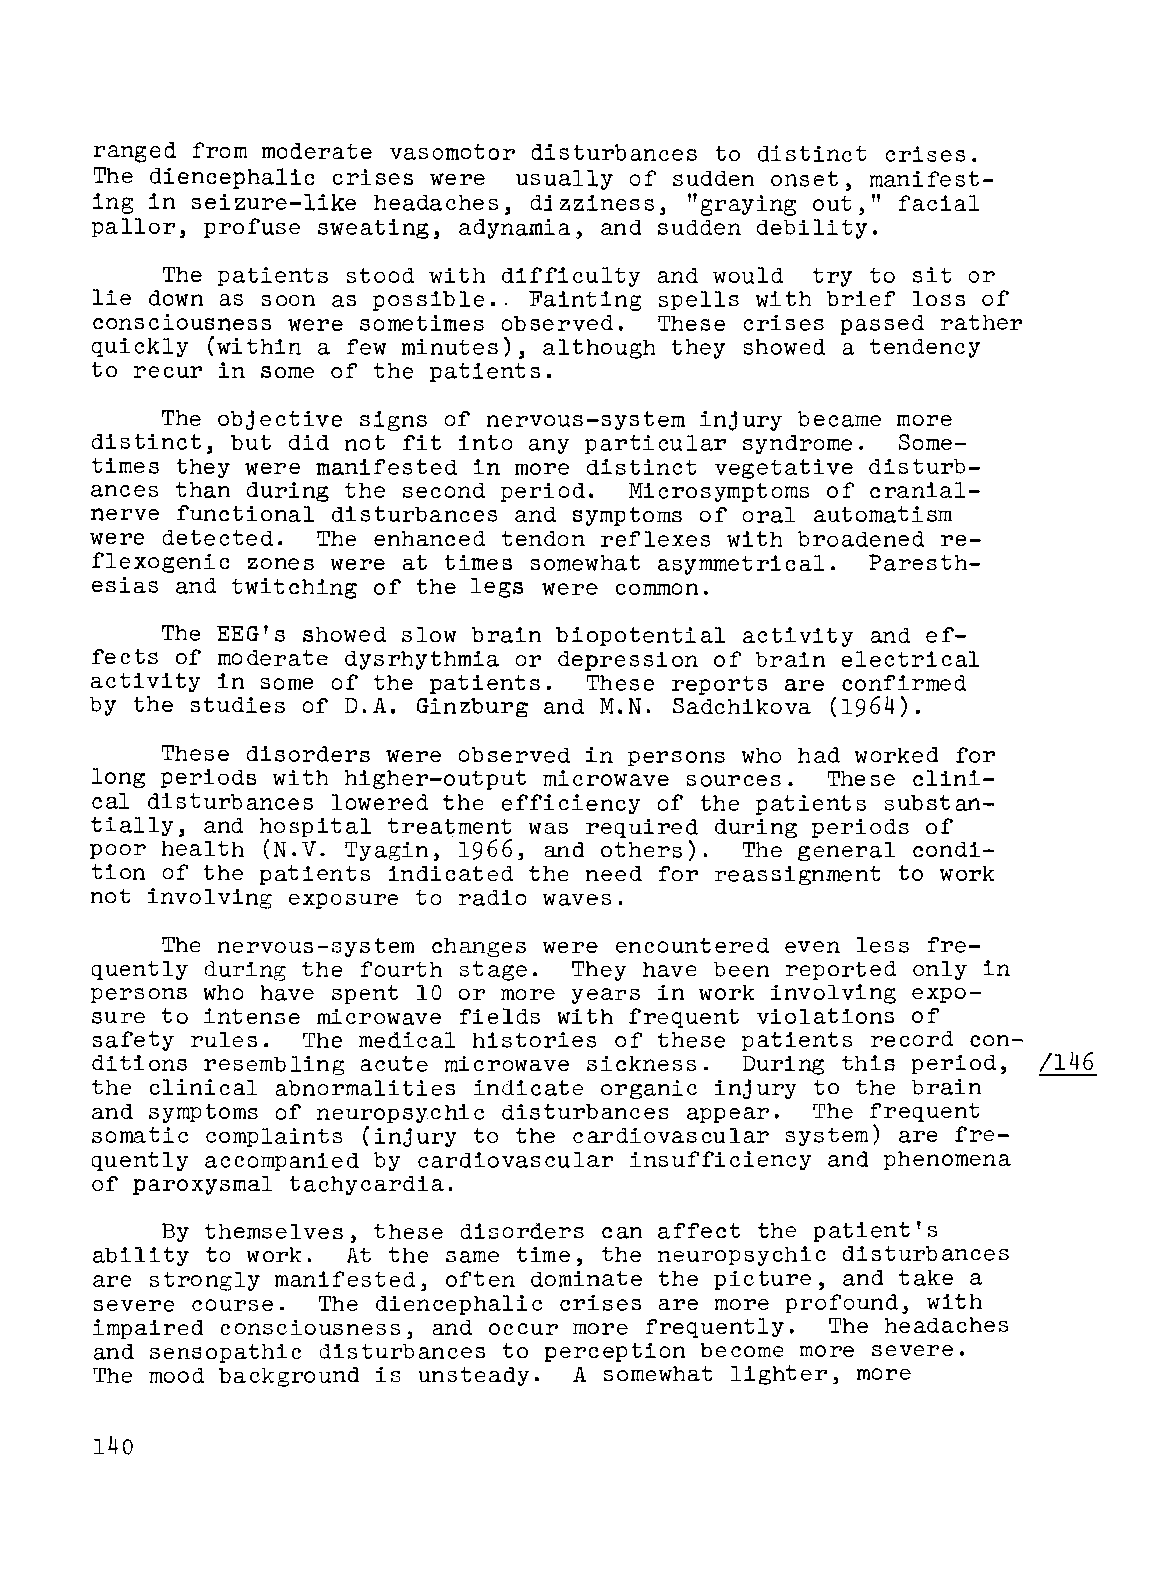
ranged from moderate vasomotor disturbances to distinct crises.
 The diencephalic crises were usually of sudden onset, manifest
 ing in seizure-like headaches, dizziness, "graying out," facial
 pallor, profuse sweating, adynamia, and sudden debility.
 The patients stood with difficulty and would try to sit or
 lie down as soon as possible .. Fainting spells with brief loss of
 consciousness were sometimes observed. These crises passed rather
 quickly (within a few minutes), although they showed a tendency
 to recur in some of the patients.
 The objective signs of nervous-system injury became more
 distinct, but did not fit into any particular syndrome. Some
 times they were manifested in more distinct vegetative disturb
 ances than during the second period. Microsymptoms of cranial
 nerve functional disturbances and symptoms of oral automatism
 were detected. The enhanced tendon reflexes with broadened re
 flexogenic zones were at times somewhat asymmetrical. Paresth
 esias and twitching of the legs were common.
 The EEG's showed slow brain biopotential activity and ef
 fects of moderate dysrhythmia or depression of brain electrical
 activity in some of the patients. These reports are confirmed
 by the studies of D.A. Ginzburg and M.N. Sadchikova (1964).
 These disorders were observed in persons who had worked for
 long periods with higher-output microwave sources. These clini
 cal disturbances lowered the efficiency of the patients substan
 tially, and hospital         was required during periods of
 trea~ment
 poor health      Tyagin, 1966, and others). The general condi
 (N.V~
 tion of the patients indicated the need for reassignment to work
 not involving exposure to radio waves.
 The nervous-system changes were encountered even less fre-
 quently during the fourth stage. They have been reported only in
 persons who have spent 10 or more years in work involving expo-
 sure to intense microwave fields with frequent violations of
 safety rules. The medical histories of these patients record con
 ditions resembling acute microwave sickness. During this period, /146
 the clinical abnormalities indicate organic injury to the brain
 and symptoms of neuropsychic disturbances appear. The frequent
 somatic complaints (injury to the cardiovascular system) are fre
 quently accompanied by cardiovascular insufficiency and phenomena
 of paroxysmal tachycardia.
 By themselves, these disorders can affect the patient's
 ability to work. At the same time, the neuropsychic disturbances
 are strongly manifested, often dominate the picture, and take a
 severe course. The diencephalic crises are more profound, with
 impaired consciousness, and occur more frequently. The headaches
 and sensopathic disturbances to perception become more severe.
 The mood background is unsteady. A somewhat lighter, more
 140